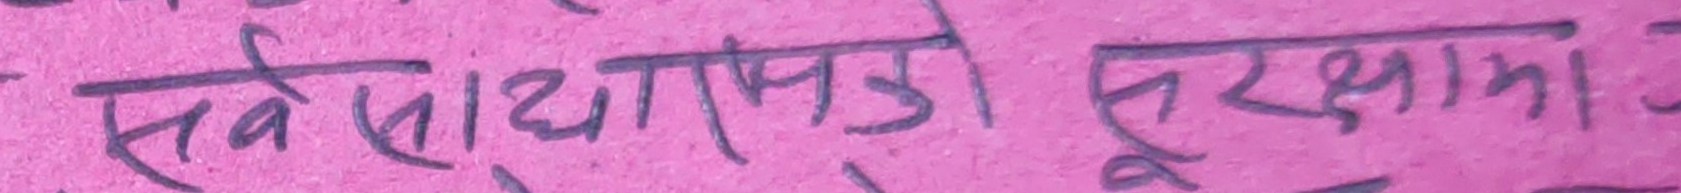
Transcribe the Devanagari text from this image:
सबै साधारणको सुरक्षामा